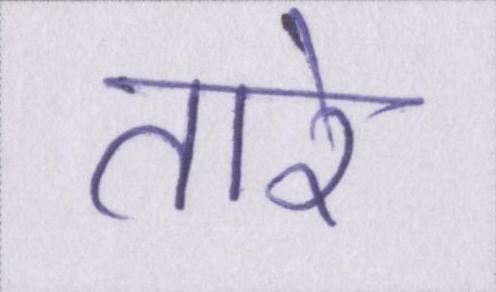
तारे